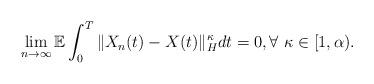
LaTeX: \begin{align*}\lim_{n\rightarrow\infty}\mathbb{E}\int_0^T \Vert X_n(t)-X(t)\Vert_H^{\kappa} dt = 0, \forall\ \kappa\in[1,\alpha) .\end{align*}